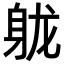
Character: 𬧢